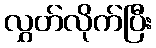
လွှတ်လိုက်ပြီး